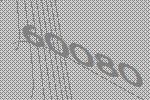
60080